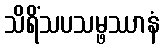
သိရိံသပသမ္ဖဿာနံ